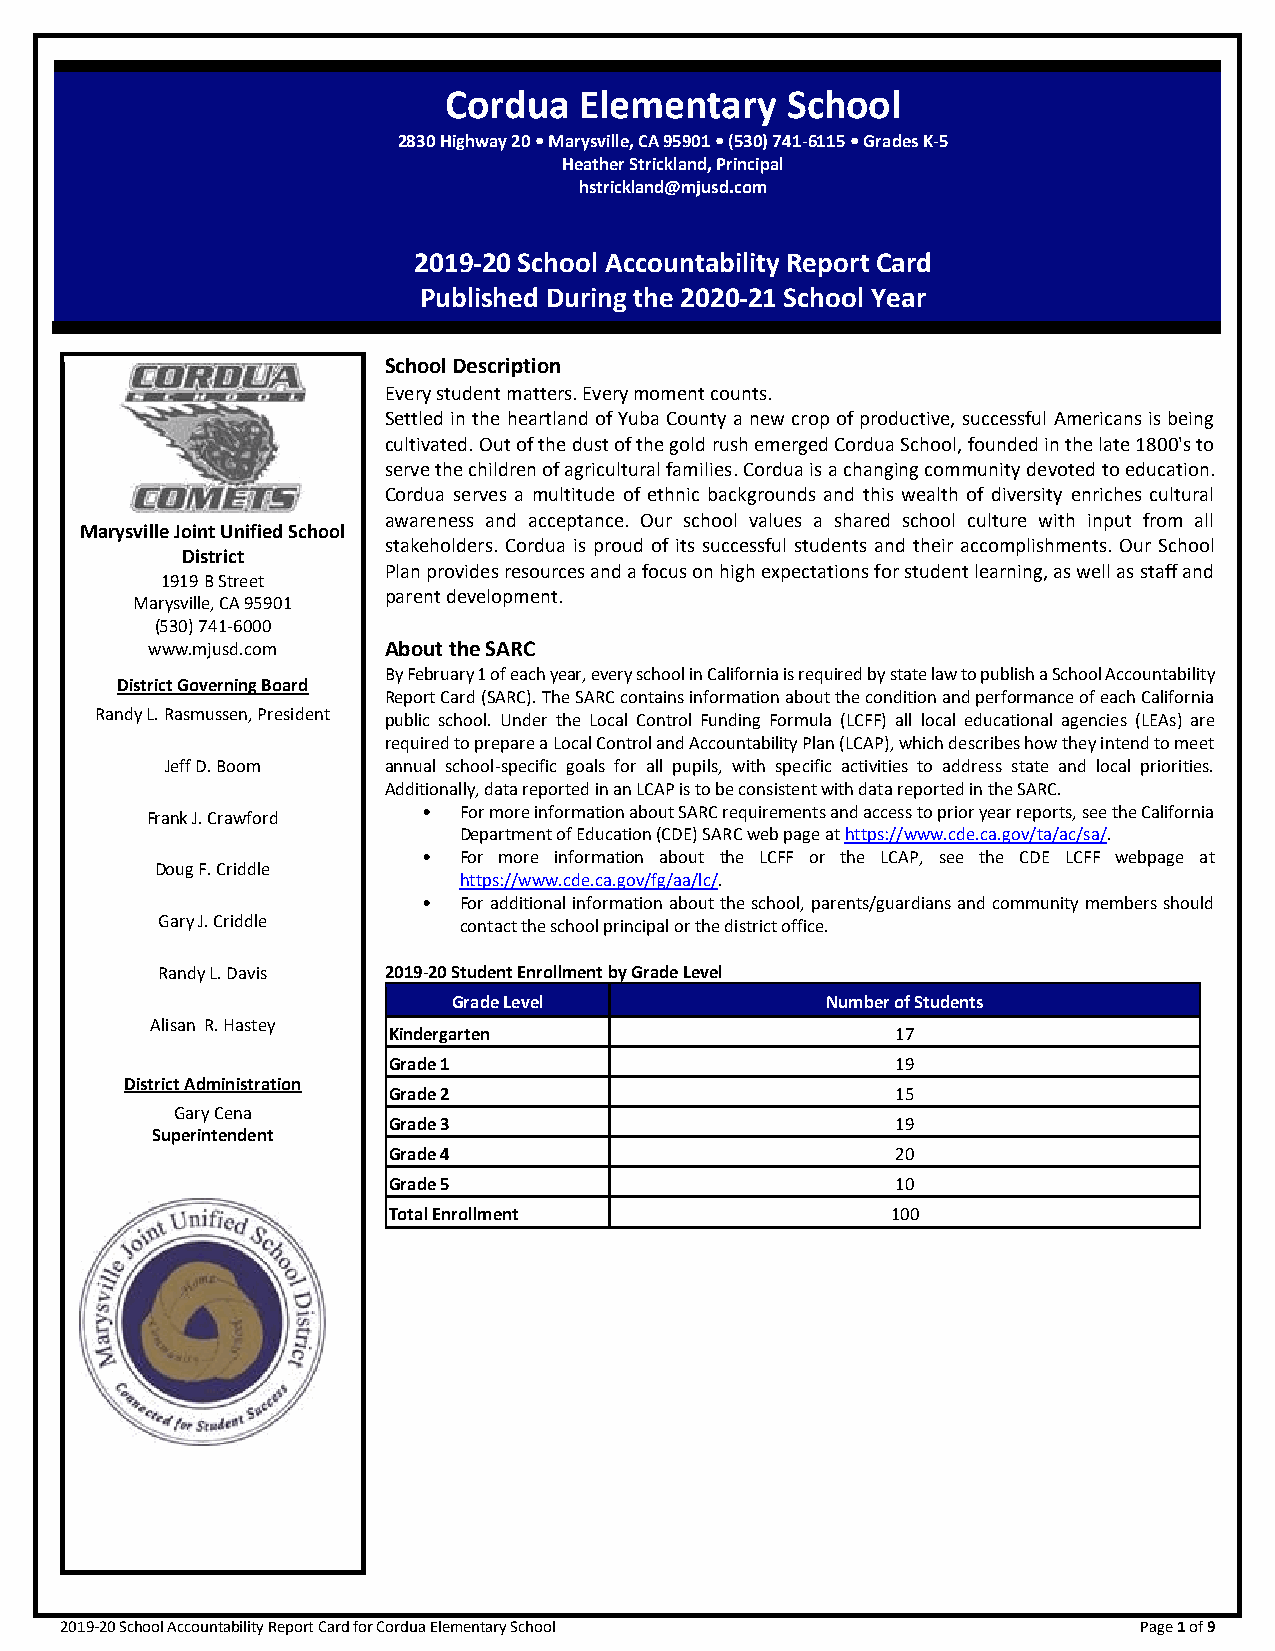
Cordua   Elementary    School
 2830 Highway 20 • Marysville, CA 95901 • (530) 741-6115 • Grades K-5
 Heather Strickland, Principal
 hstrickland@mjusd.com
 2019-20 School Accountability Report Card
 Published During the 2020-21 School Year
 School Description
 Every student matters. Every moment counts.
 Settled in the heartland of Yuba County a new crop of productive, successful Americans is being
 cultivated. Out of the dust of the gold rush emerged Cordua School, founded in the late 1800's to
 serve the children of agricultural families. Cordua is a changing community devoted to education.
 Cordua serves a multitude of ethnic backgrounds and this wealth of diversity enriches cultural
 ----          ----
 awareness and acceptance. Our school values a shared school culture with input from all
 Marysville Joint Unified School
 stakeholders. Cordua is proud of its successful students and their accomplishments. Our School
 District
 Plan provides resources and a focus on high expectations for student learning, as well as staff and
 1919 B Street
 parent development.
 Marysville, CA 95901
 (530) 741-6000
 www.mjusd.com  About the SARC
 By February 1 of each year, every school in California is required by state law to publish a School Accountability
 District Governing Board
 Report Card (SARC). The SARC contains information about the condition and performance of each California
 Randy L. Rasmussen, President public school. Under the Local Control Funding Formula (LCFF) all local educational agencies (LEAs) are
 required to prepare a Local Control and Accountability Plan (LCAP), which describes how they intend to meet
 Jeff D. Boom  annual school-specific goals for all pupils, with specific activities to address state and local priorities.
 Additionally, data reported in an LCAP is to be consistent with data reported in the SARC.
 Frank J. Crawford • For more information about SARC requirements and access to prior year reports, see the California
 Department of Education (CDE) SARC web page at https://www.cde.ca.gov/ta/ac/sa/.
 • For more information about the LCFF or the LCAP, see the CDE LCFF webpage at
 Doug F. Criddle
 https://www.cde.ca.gov/fg/aa/lc/.
 • For additional information about the school, parents/guardians and community members should
 Gary J. Criddle     contact the school principal or the district office.
 Randy L. Davis 2019-20 Student Enrollment by Grade Level
 Grade Level              Number of Students
 Alisan R. Hastey
 Kindergarten                     17
 Grade 1                          19
 District Administration
 Grade 2                          15
 Gary Cena
 Grade 3                          19
 Superintendent
 Grade 4                          20
 ----         Grade 5                          10
 Total Enrollment                 100
 ---
 -
 2019-20 School Accountability Report Card for Cordua Elementary School  Page 1 of 9